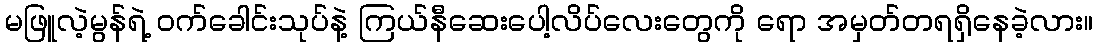
မဖြူလဲ့မွန်ရဲ့ ဝက်ခေါင်းသုပ်နဲ့ ကြယ်နီဆေးပေါ့လိပ်လေးတွေကို ရော အမှတ်တရရှိနေခဲ့လား။